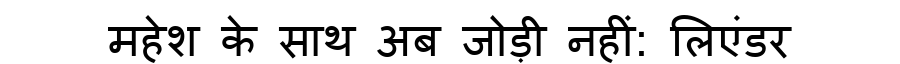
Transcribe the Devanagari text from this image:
महेश के साथ अब जोड़ी नहीं: लिएंडर